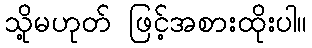
သို့မဟုတ် ဖြင့်အစားထိုးပါ။